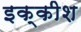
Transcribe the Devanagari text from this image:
इक्कीश